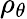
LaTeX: \rho_{\theta}